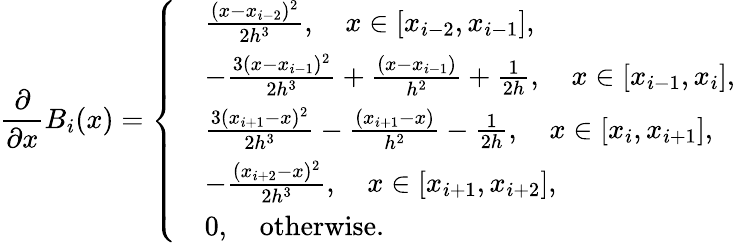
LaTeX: \frac{\partial}{\partial x}B_{i}(x)=\left\{ \begin{array}{rl}&{\frac{(x-x_{i-2})^{2}}{2h^{3}},\quad x\in[x_{i-2},x_{i-1}],}\\ &{-\frac{3(x-x_{i-1})^{2}}{2h^{3}}+\frac{(x-x_{i-1})}{h^{2}}+\frac{1}{2h},\quad x\in[x_{i-1},x_{i}],}\\ &{\frac{3(x_{i+1}-x)^{2}}{2h^{3}}-\frac{(x_{i+1}-x)}{h^{2}}-\frac{1}{2h},\quad x\in[x_{i},x_{i+1}],}\\ &{-\frac{(x_{i+2}-x)^{2}}{2h^{3}},\quad x\in[x_{i+1},x_{i+2}],}\\ &{0,\quad\textup{otherwise}.}\end{array}\right.